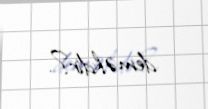
deməkdir?.